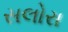
સલોરા